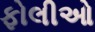
ફોલીઓ